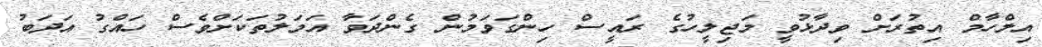
އިލްހާމް އިތުރަށް ވިދާޅުވީ މަޖިލީހުގެ ރައީސް ހިންގަވަމުން ގެންދަވާ އަމަލުތަކަށްވެސް ހައްގު އަދަބު